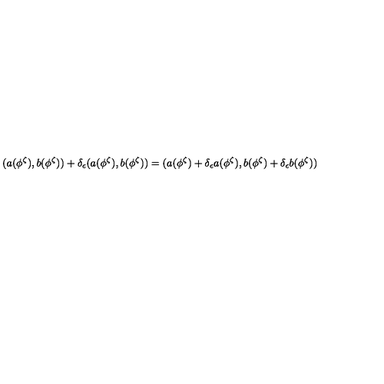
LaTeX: ( a ( \phi ^ { \zeta } ) , b ( \phi ^ { \zeta } ) ) + \delta _ { \epsilon } ( a ( \phi ^ { \zeta } ) , b ( \phi ^ { \zeta } ) ) = ( a ( \phi ^ { \zeta } ) + \delta _ { \epsilon } a ( \phi ^ { \zeta } ) , b ( \phi ^ { \zeta } ) + \delta _ { \epsilon } b ( \phi ^ { \zeta } ) )